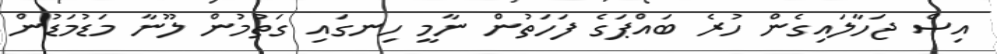
އިސް ޖަހާލައިގެން ހުރެ ބައްޕަގެ ފަހަތުން ނާމީ ހިނގައި ގަތުމުން ލޫނާ މަޑުމަޑުން